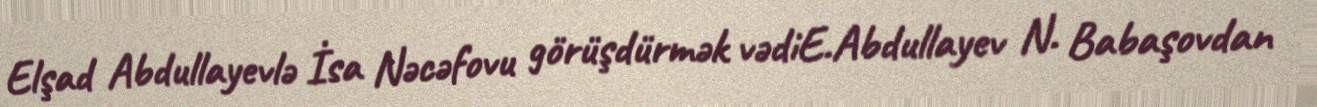
Elşad Abdullayevlə İsa Nəcəfovu görüşdürmək vədiE.Abdullayev N. Babaşovdan